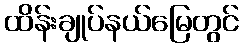
ထိန်းချုပ်နယ်မြေတွင်